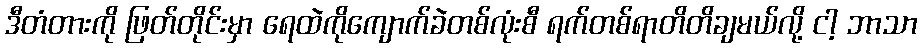
ဒီတံတားကို ဖြတ်တိုင်းမှာ ရေထဲကိုကျောက်ခဲတစ်လုံးစီ ရက်တစ်ရာတိတိချမယ်လို့ ငါ့ ဘာသာ